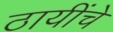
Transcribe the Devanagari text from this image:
ठायींचे